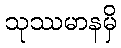
သုဿမာနမှိ